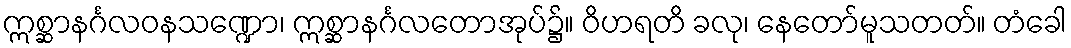
ဣစ္ဆာနင်္ဂလဝနသဏ္ဍော၊ ဣစ္ဆာနင်္ဂလတောအုပ်၌။ ဝိဟရတိ ခလု၊ နေတော်မူသတတ်။ တံခေါ